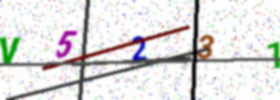
Text: V5231